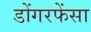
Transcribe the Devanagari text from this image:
डोंगरफेंसा